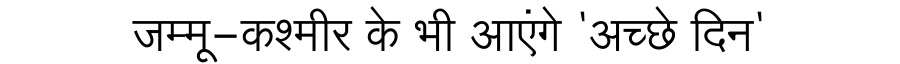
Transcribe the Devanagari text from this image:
जम्मू-कश्मीर के भी आएंगे 'अच्छे दिन'